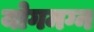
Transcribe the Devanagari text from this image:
योगमग्न